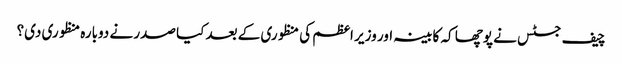
چیف جسٹس نے پوچھا کہ کابینہ اور وزیر اعظم کی منظوری کے بعد کیا صدر نے دوبارہ منظوری دی؟